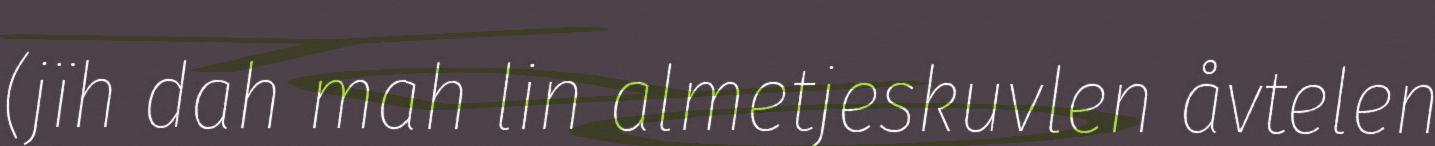
(jïh dah mah lin almetjeskuvlen åvtelen